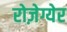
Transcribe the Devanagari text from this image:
रोज़ेग्येर